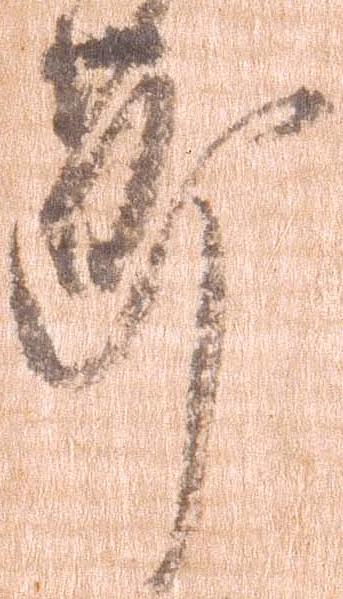
節